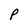
Character: P